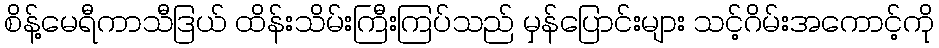
စိန့်မေရီကာသီဒြယ် ထိန်းသိမ်းကြီးကြပ်သည် မှန်ပြောင်းများ သင့်ဂိမ်းအကောင့်ကို